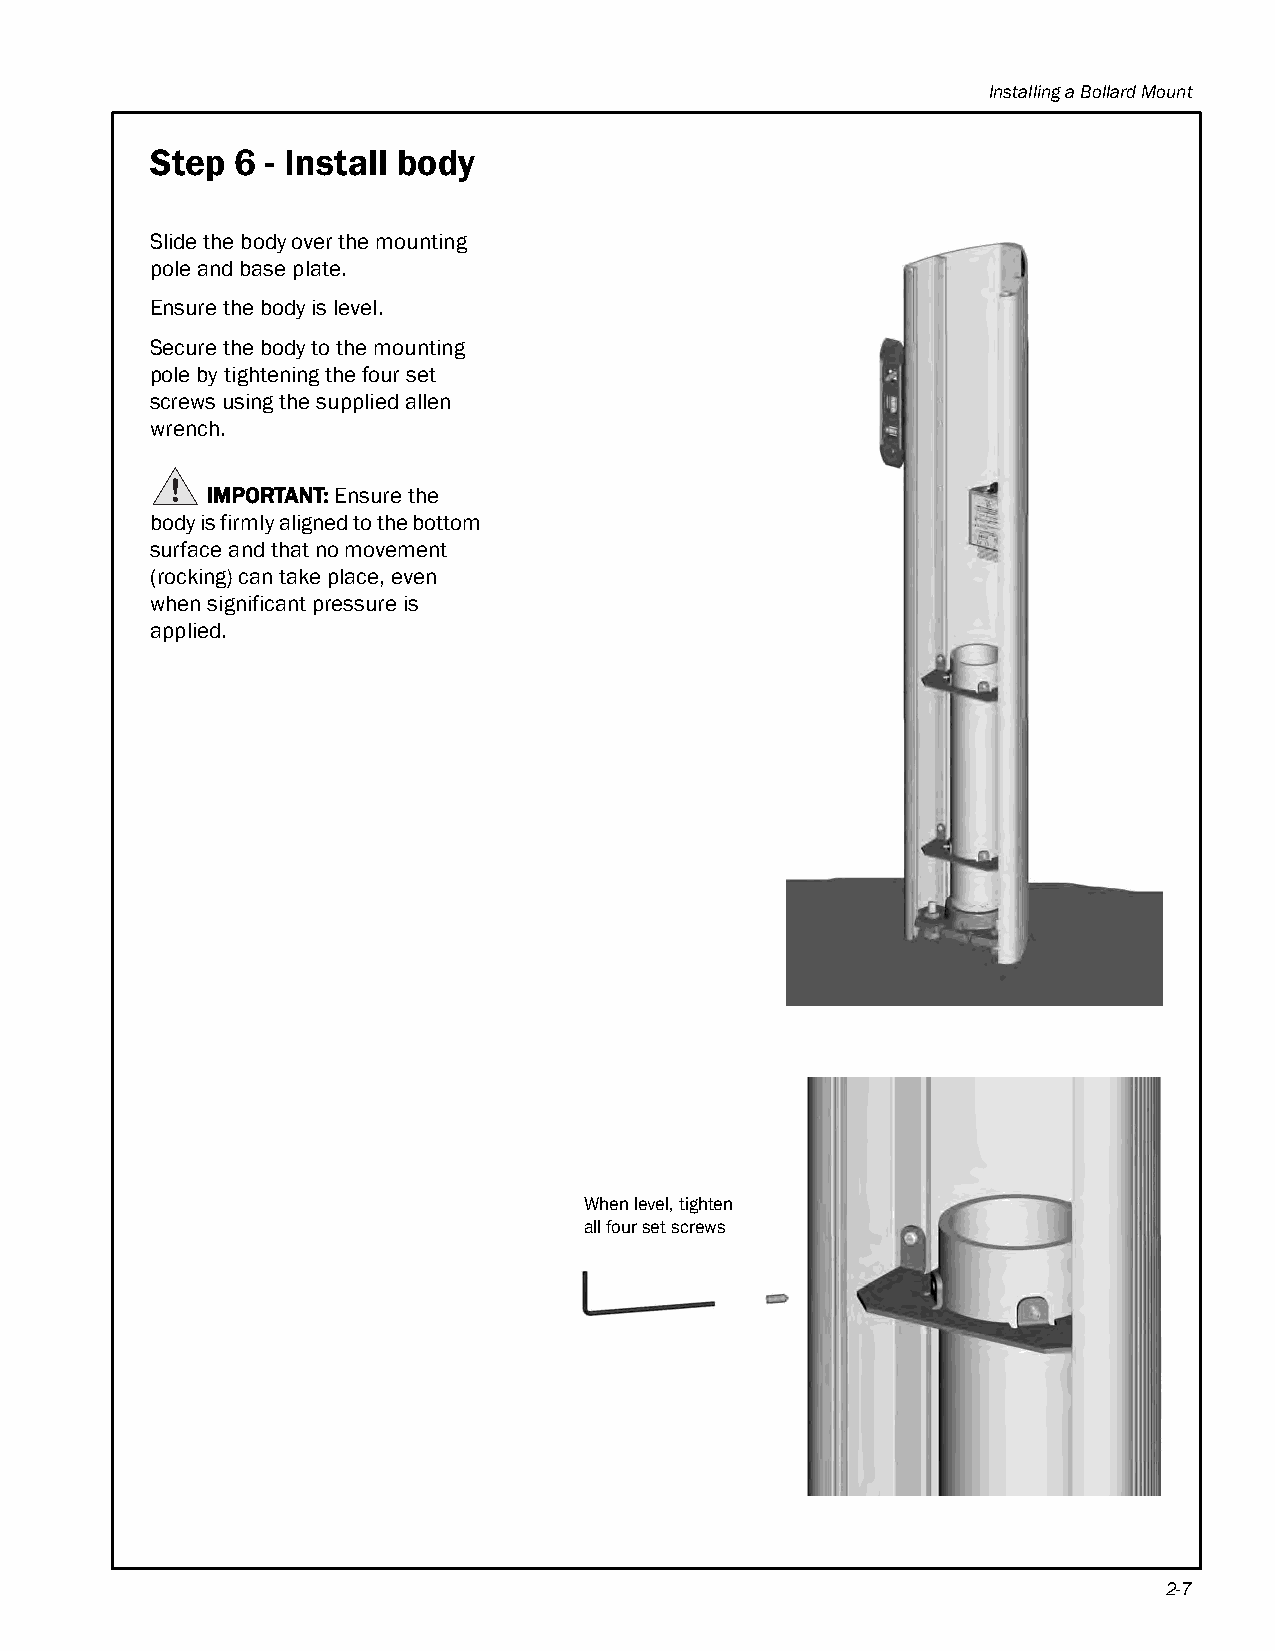
Installing a Bollard Mount
 Step  6 - Install body
 Slide the body over the mounting
 pole and base plate.
 Ensure the body is level.
 Secure the body to the mounting
 pole by tightening the four set
 screws using the supplied allen
 wrench.
 IMPORTANT: Ensure the
 body is firmly aligned to the bottom
 surface and that no movement
 (rocking) can take place, even
 when significant pressure is
 applied.
 When level, tighten
 all four set screws
 2-7